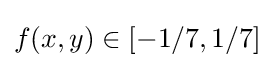
{\textstyle f(x,y)\in [-1/7,1/7]}